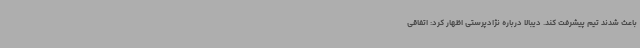
باعث شدند تیم پیشرفت کند. دیبالا درباره نژادپرستی اظهار کرد: اتفاقی